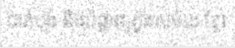
បាត់បង់ និងបំផ្លាញក្នុងសម័យ ខ្មែរ